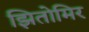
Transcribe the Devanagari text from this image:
झितोमिर